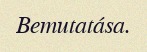
Bemutatása.